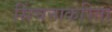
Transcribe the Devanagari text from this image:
सिंचनाकरिता